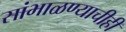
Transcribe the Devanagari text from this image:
सांभाळण्याचीही